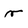
Character: v